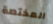
المختصة